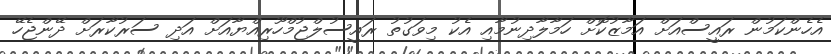
އެހެންކަމުން ރައީސްއަށް އަމާޒުކޮށް ހަމާލާދިނުމާއި އެކު މިވަގުތު ރައީސުލްޖުމްހޫރިއްޔާއަށް އަދި ސަރުކާރަށް ދޭންޖެހޭ